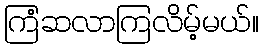
ကြံဆလာကြလိမ့်မယ်။